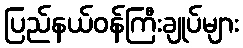
ပြည်နယ်ဝန်ကြီးချုပ်များ